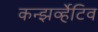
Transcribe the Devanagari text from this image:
कन्झर्व्हेटिव